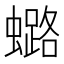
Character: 𧒌